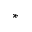
^ { * }